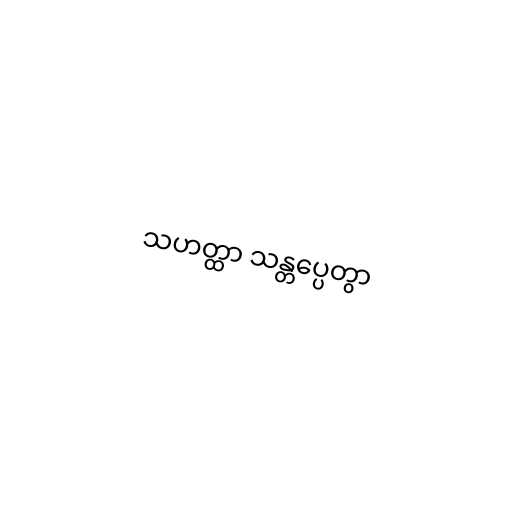
သဟတ္ထာ သန္တပ္ပေတွာ